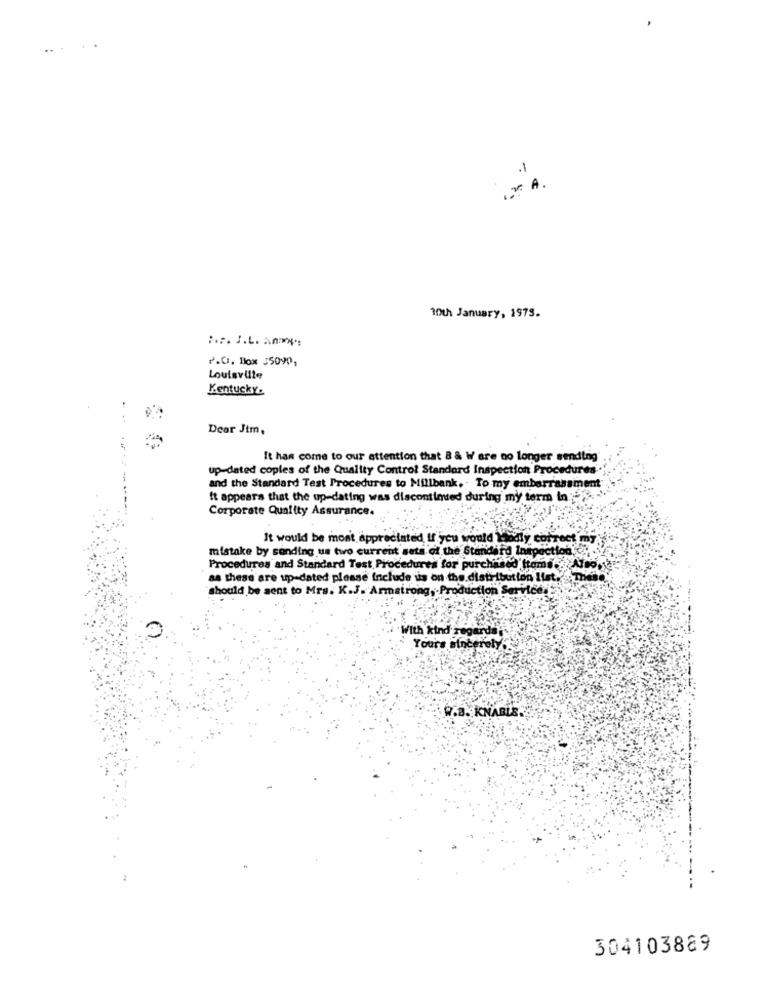
.1
.2 A .
10th January, 1979.
:. r. L.L. A:
P.O. Box 35090,
Louisville
Kentucky.
Dear Jtm,
It has come to our attention that B & W are no longer sending'
up-dated copies of the Quality Control Standard Inspection Procedures .
and the Standard Test Procedures to Millbank, . To my embarrassment
it appears that the up-dating was discontinued during my term in .
Corporate Quality Assurance.
It would be most appreciated, If you would leadly correct my
mistake by sending us two current sets of the Standard Inspection .
Procedures and Standard Test Procedures for purchased froms.
as these are up-dated please Include us on the distribution Ifst.
should be sent to Mrs. K.J. Armstrong, . Production Service,
With kind regards
Yours sincerely
R.B. KNABLE.
304103889